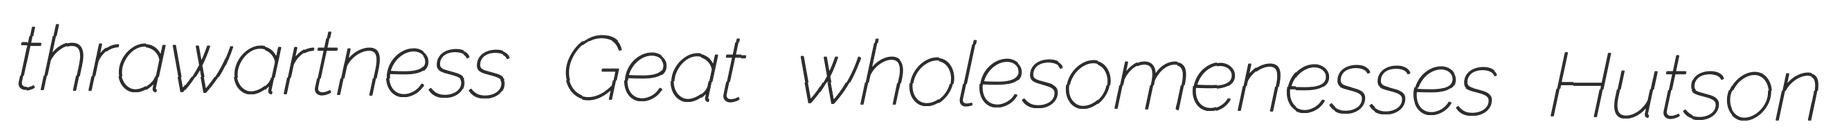
thrawartness Geat wholesomenesses Hutson